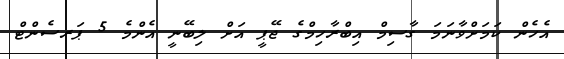
އެހެން ކަމަށްވާނަމަ ގާސިމް އިބްރާހިމްގެ ޖޭޕީ އަށް ލިބޭނީ އެންމެ 5 ޕަރސެންޓް